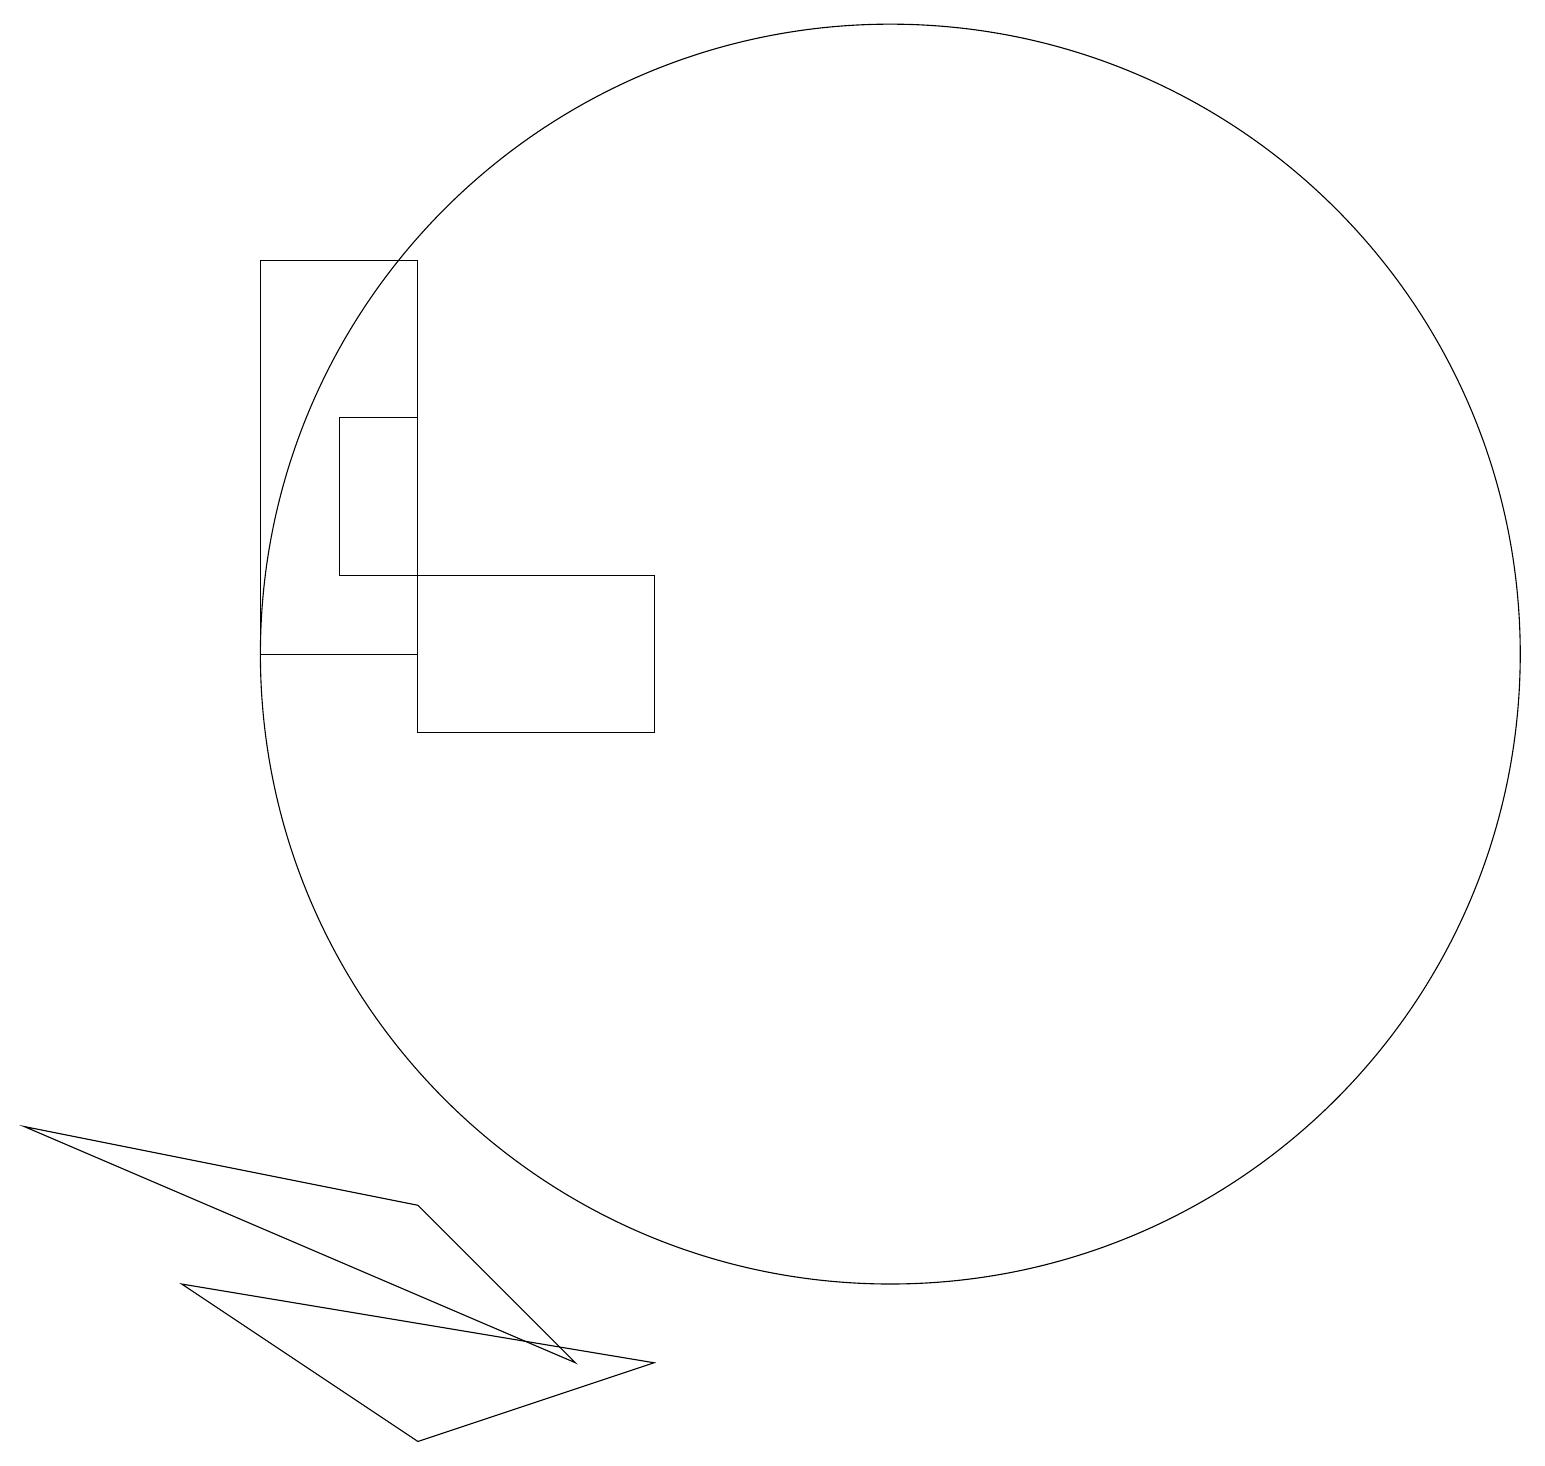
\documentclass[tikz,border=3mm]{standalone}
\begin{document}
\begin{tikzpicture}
\draw (8,11) rectangle (5,13);
\draw (5,2) -- (2,4) -- (8,3) -- cycle;
\draw (5,17) rectangle (3,12);
\draw (4,15) rectangle (5,13);
\draw (11,12) circle (8);
\draw (0,6) -- (5,5) -- (7,3) -- cycle;
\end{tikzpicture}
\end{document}